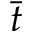
\bar { t }